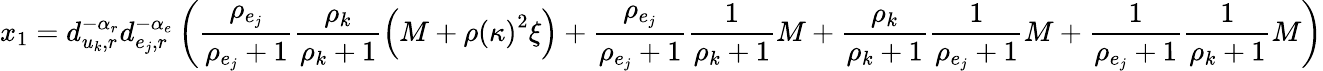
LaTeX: x_{1}=d_{u_{k},r}^{-\alpha_{r}}d_{e_{j},r}^{-\alpha_{e}}\left(\frac{\rho_{e_{j}}}{\rho_{e_{j}}+1}\frac{\rho_{k}}{\rho_{k}+1}\left(M+\rho\left(\kappa\right)^{2}\xi\right)+\frac{\rho_{e_{j}}}{\rho_{e_{j}}+1}\frac{1}{\rho_{k}+1}M+\frac{\rho_{k}}{\rho_{k}+1}\frac{1}{\rho_{e_{j}}+1}M+\frac{1}{\rho_{e_{j}}+1}\frac{1}{\rho_{k}+1}M\right)